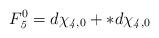
LaTeX: \begin{align*}F_{\it5}^0=d\chi_{{\it4},0}+*d\chi_{{\it4},0}\end{align*}